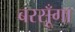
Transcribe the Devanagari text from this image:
बरसूँगा